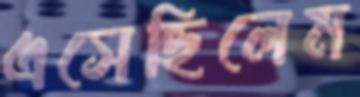
এসেছিলেম